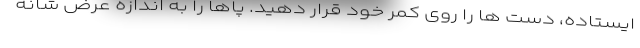
ایستاده، دست ها را روی کمر خود قرار دهید. پاها را به اندازه عرض شانه